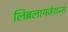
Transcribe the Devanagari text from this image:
लिब्रलायजेशन्स